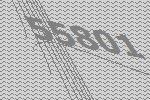
55801